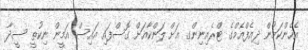
އެހެންކަމުން ދިއެފްއެމްގެ ޓްރެއިނިންގ އަށް ލަންކާއަށް ގޮސްފައި އައިސް އަމީން ނިކުތީ ސީދާ